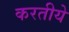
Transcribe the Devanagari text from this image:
करतीये